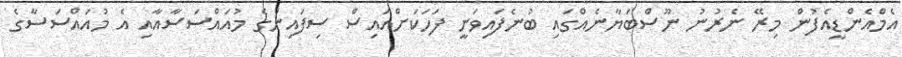
އެމްއެންޑީއެފުން މިރޭ ނެރުނު ނޫސްބަޔާނެއްގައި ބުނެފައިވަނީ ފަހަކަށްއައިސް ސިފައިންގެ މުއައްސަސާއާއި އެ މުއައްސަސާގެ